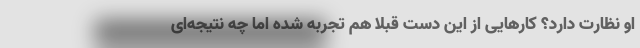
او نظارت دارد؟ کارهایی از این دست قبلا هم تجربه شده اما چه نتیجه‌ای